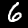
Label: 6